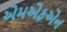
એમએફએન